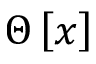
\Theta \left[ x \right]